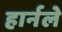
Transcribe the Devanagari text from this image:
हार्नले